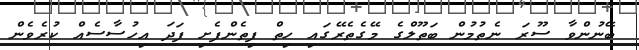
ބޭނުންވާ ސޫރަ ނެތުމުން ބަތޫލްގެ މޭގެތެރޭގައި ހިތް ފިތެންފެށި ފަދަ އިހުސާސެއް ކުރެވެން